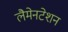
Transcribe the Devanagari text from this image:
लैमेनटेशन